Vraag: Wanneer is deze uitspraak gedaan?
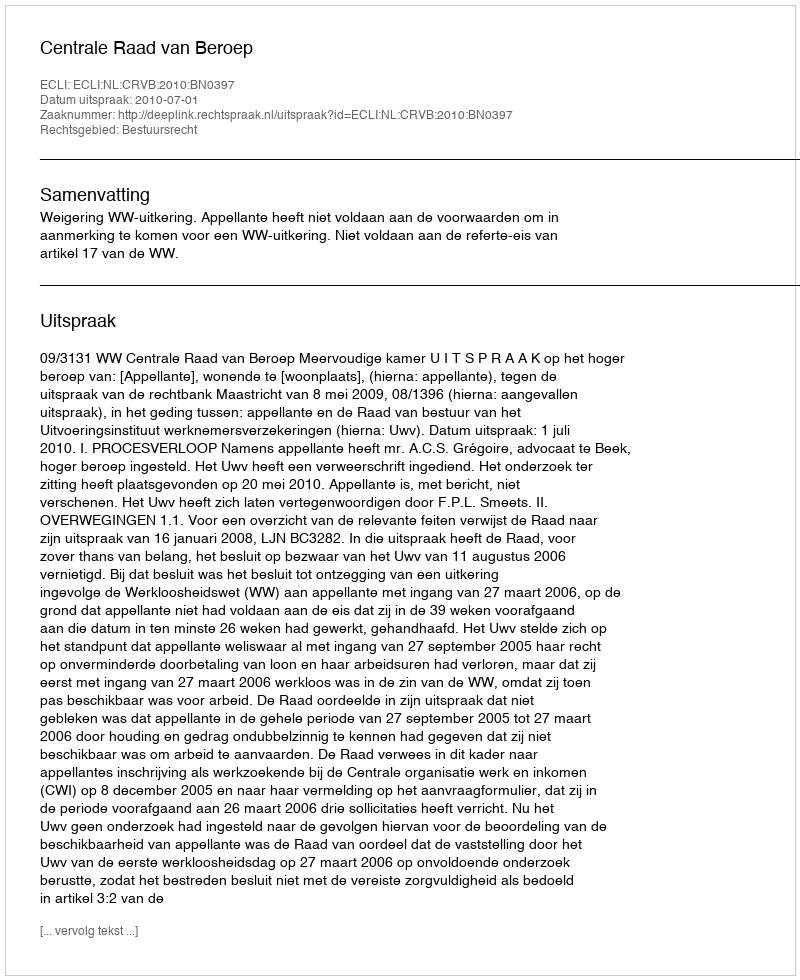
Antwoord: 2010-07-01